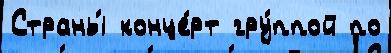
Страны́ конце́рт гру́ппой по